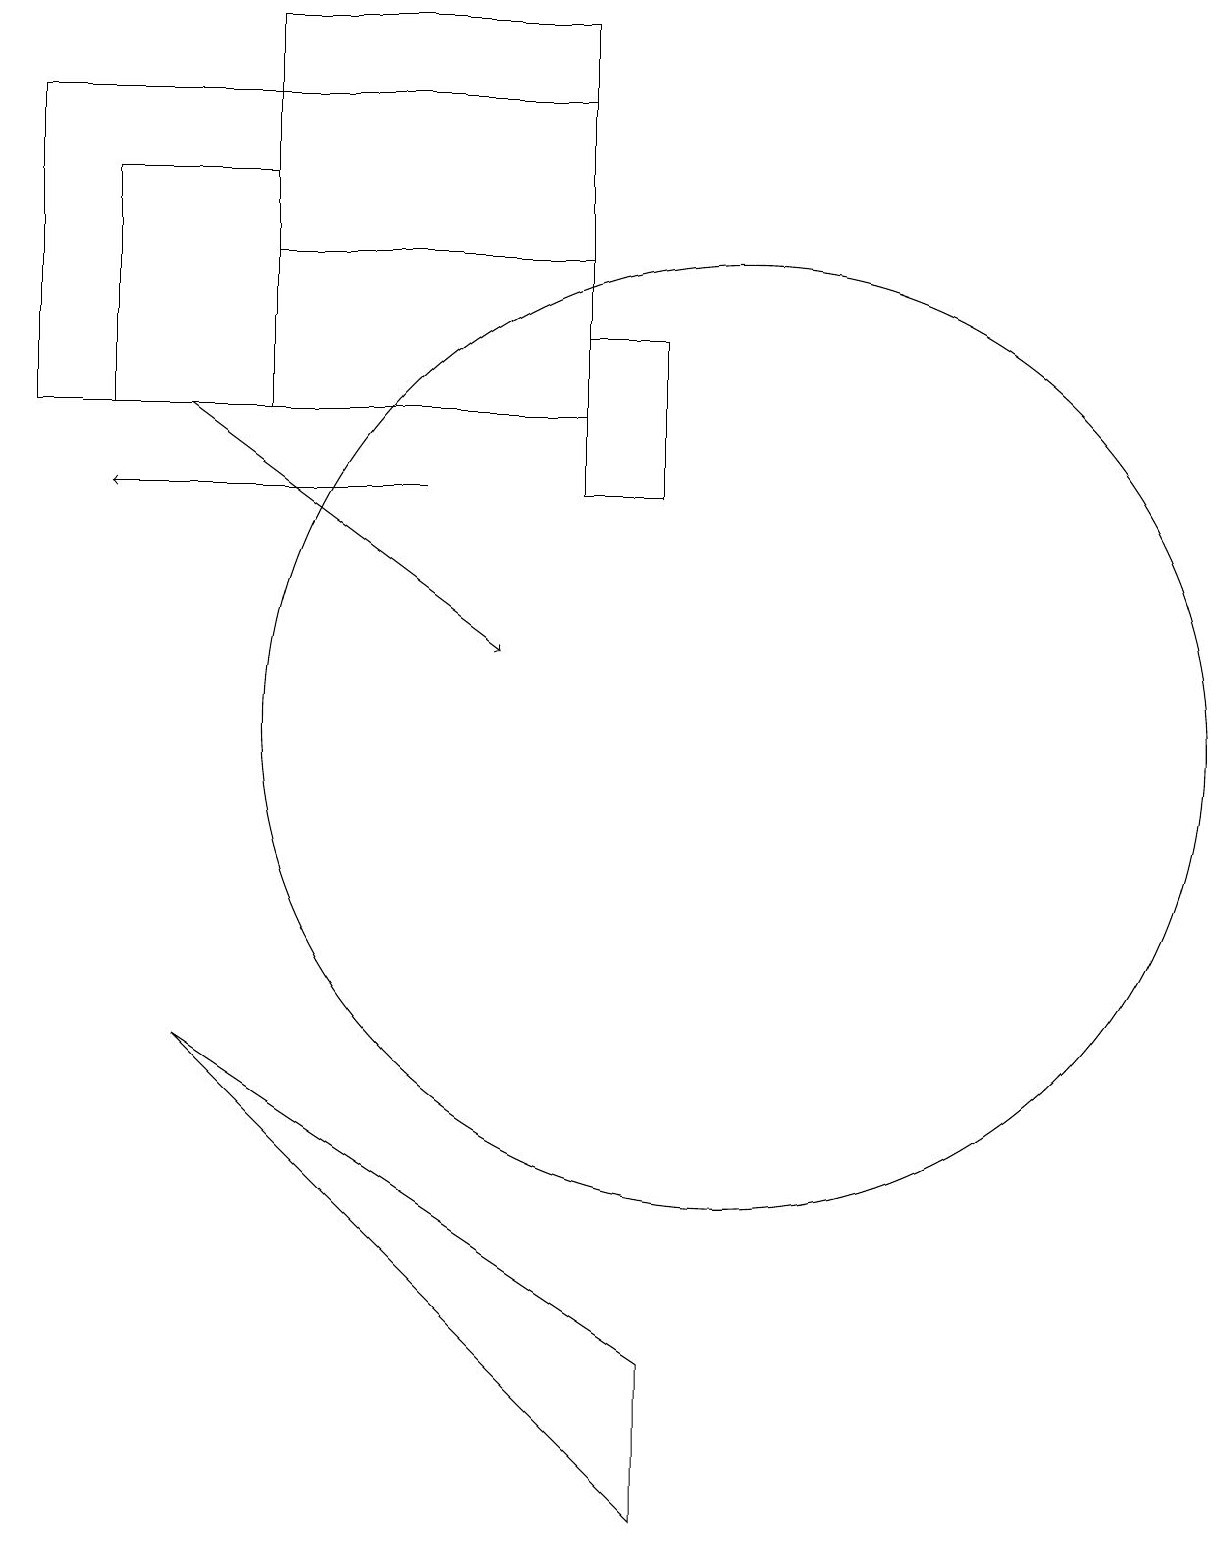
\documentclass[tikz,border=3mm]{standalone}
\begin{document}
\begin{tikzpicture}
\draw[->] (3,14) -- (7,11);
\draw (8,13) rectangle (9,15);
\draw[->] (6,13) -- (2,13);
\draw (1,18) rectangle (8,14);
\draw (10,10) circle (6);
\draw (2,17) rectangle (4,14);
\draw (9,2) -- (9,0) -- (3,6) -- cycle;
\draw (8,19) rectangle (4,16);
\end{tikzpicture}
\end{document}